Dysentery and liver abscess in Bombay - Number 47
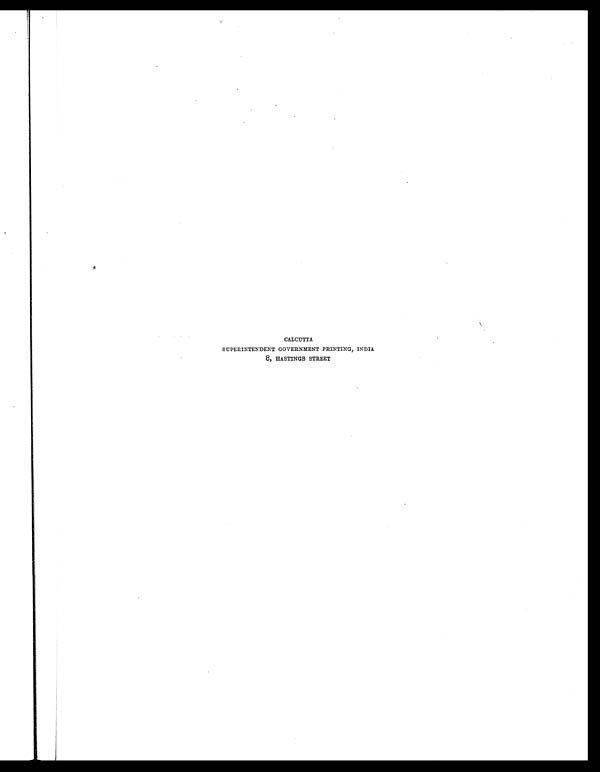
CALCUTTA
SUPERINTENDENT GOVERNMENT PRINTING, INDIA
8, HASTINGS STREET